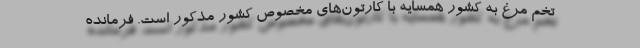
تخم مرغ به کشور همسایه با کارتون‌های مخصوص کشور مذکور است. فرمانده